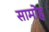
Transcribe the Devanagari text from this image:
सामोह